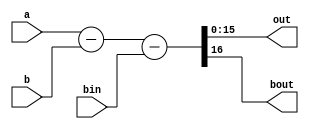
/////////////////////////////////////////////////////////////////////////////////////////////////////////////
// Behavioral 16-bits subtractor
/////////////////////////////////////////////////////////////////////////////////////////////////////////////

module subtractor_16(a, b, bin, out, bout);
    
    output reg 	[15:0]  out;
    output reg         	bout;

    input   [15:0]  a; 
    input   [15:0]  b;
    input           bin;

  	always @ *
	begin
      {bout, out} = a - b - bin;
	end

endmodule